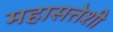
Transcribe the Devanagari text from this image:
महासत्तेशी